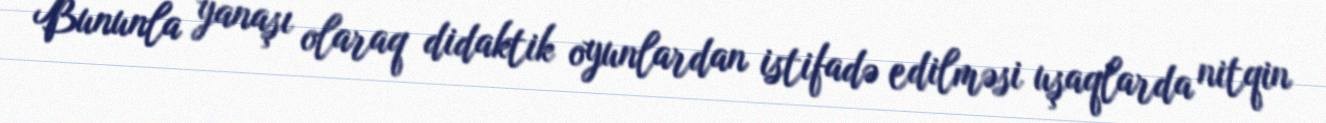
Bununla yanaşı olaraq didaktik oyunlardan istifadə edilməsi uşaqlarda nitqin